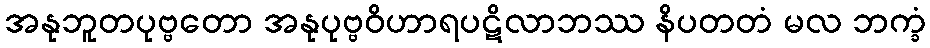
အနုဘူတပုဗ္ဗတော အနုပုဗ္ဗဝိဟာရပဋိလာဘဿ နိပတတံ မလ ဘက္ခံ